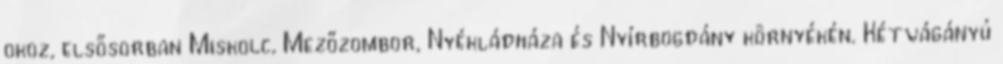
okoz, elsősorban Miskolc, Mezőzombor, Nyékládháza és Nyírbogdány környékén. Kétvágányú